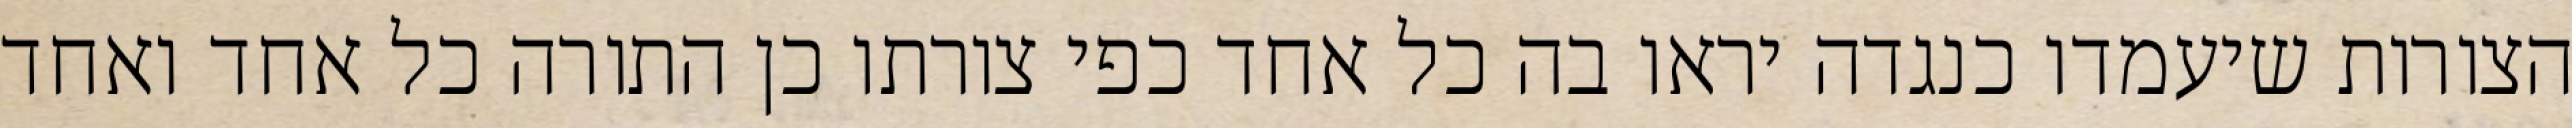
הצורות שיעמדו כנגדה יראו בה כל אחד כפי צורתו כן התורה כל אחד ואחד